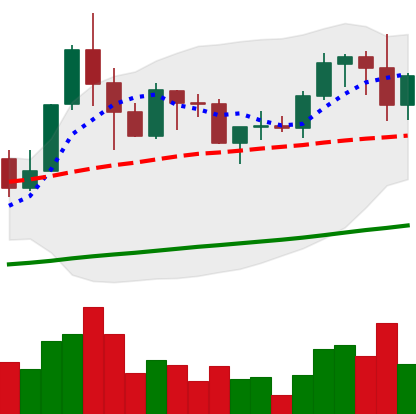
Ticker: ADA-USD
Chart end date: 2019-05-31
Forward return: -6.712%
Label: down_5_7